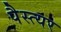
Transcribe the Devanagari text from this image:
पैस्त्यर